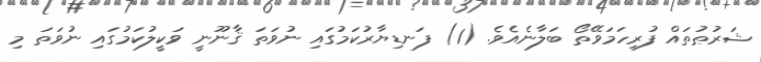
ޝަރުޠުތައް ފުރިހަމަވޭތޯ ބަލާނެއެވެ. (1) ފަނޑިޔާރުކަމުގައި ނުވަތަ ޤާނޫނީ ވަކީލުކަމުގައި ނުވަތަ މި